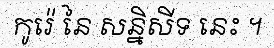
កូរ៉េ នៃ សន្និសីទ នេះ ។